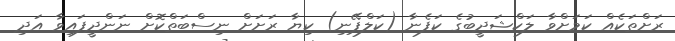
ރަށްތަކެއް ކަމަށްވާ ލަކްޝަދީބުގެ ކަފެނާ (ކަލްޕޭނި) ކިޔާ ރަށަށް ނިސްބަތްކޮށް ނަންދީފައިވާ އަދި